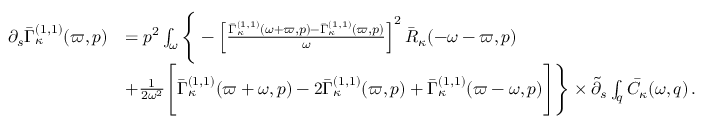
\begin{array} { r l } { \partial _ { s } \bar { \Gamma } _ { \kappa } ^ { ( 1 , 1 ) } ( \varpi , p ) } & { = p ^ { 2 } \int _ { \omega } \Bigg \{ - \left[ \frac { \bar { \Gamma } _ { \kappa } ^ { ( 1 , 1 ) } ( \omega + \varpi , p ) - \bar { \Gamma } _ { \kappa } ^ { ( 1 , 1 ) } ( \varpi , p ) } { \omega } \right] ^ { 2 } \bar { R } _ { \kappa } ( - \omega - \varpi , p ) } \\ & { + \frac 1 { 2 \omega ^ { 2 } } \Bigg [ \bar { \Gamma } _ { \kappa } ^ { ( 1 , 1 ) } ( \varpi + \omega , p ) - 2 \bar { \Gamma } _ { \kappa } ^ { ( 1 , 1 ) } ( \varpi , p ) + \bar { \Gamma } _ { \kappa } ^ { ( 1 , 1 ) } ( \varpi - \omega , p ) \Bigg ] \Bigg \} \times \tilde { \partial } _ { s } \int _ { q } \bar { C } _ { \kappa } ( \omega , q ) \, . } \end{array}